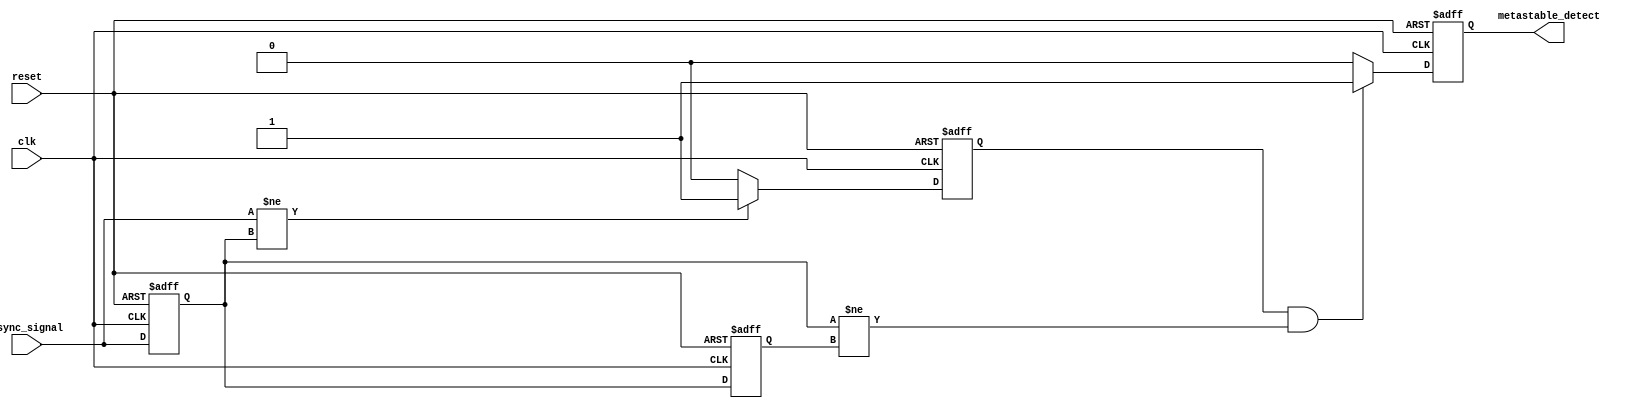
module metastability_detector (
    input wire async_signal,     // Asynchronous input signal
    input wire clk,             // System clock
    input wire reset,           // Active-high reset
    output reg metastable_detect // Output indicating a metastability event
);

    reg async_signal_d1;        // First flip-flop output
    reg async_signal_d2;        // Second flip-flop output
    reg pulse;                  // Pulse signal for transition detection

    // Pulse generator: Detects transition on asynchronous signal
    always @(posedge clk or posedge reset) begin
        if (reset) begin
            pulse <= 1'b0;
        end else begin
            if (async_signal != async_signal_d1) begin
                pulse <= 1'b1;   // Generate pulse on transition
            end else begin
                pulse <= 1'b0;   // Clear pulse
            end
        end
    end

    // First flip-flop: Samples the asynchronous signal
    always @(posedge clk or posedge reset) begin
        if (reset) begin
            async_signal_d1 <= 1'b0;
        end else begin
            async_signal_d1 <= async_signal;
        end
    end

    // Second flip-flop: Samples the output of the first flip-flop
    always @(posedge clk or posedge reset) begin
        if (reset) begin
            async_signal_d2 <= 1'b0;
        end else begin
            async_signal_d2 <= async_signal_d1;
        end
    end

    // Metastability detection logic
    always @(posedge clk or posedge reset) begin
        if (reset) begin
            metastable_detect <= 1'b0;
        end else begin
            // Check for metastability
            if (pulse && (async_signal_d1 != async_signal_d2)) begin
                metastable_detect <= 1'b1; // Metastability detected
            end else begin
                metastable_detect <= 1'b0; // No metastability detected
            end
        end
    end

endmodule